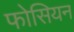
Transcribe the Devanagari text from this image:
फोसियन